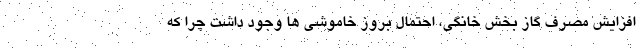
افزایش مصرف گاز بخش خانگی، احتمال بروز خاموشی ها وجود داشت چرا که